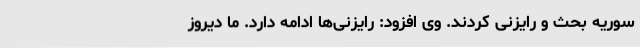
سوریه بحث و رایزنی کردند. وی افزود: رایزنی‌ها ادامه دارد. ما دیروز